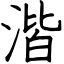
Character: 湝